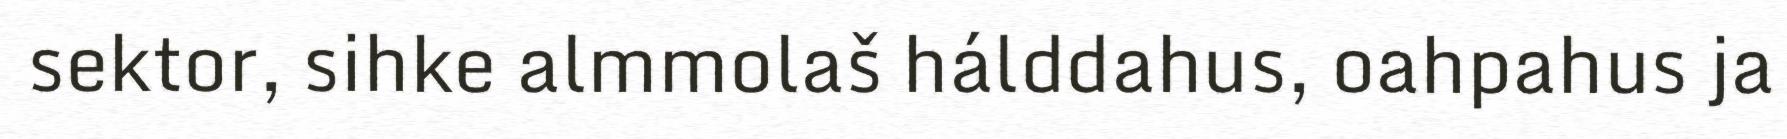
sektor, sihke almmolaš hálddahus, oahpahus ja